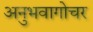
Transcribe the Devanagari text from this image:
अनुभवागोचर